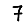
Digit: 7